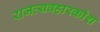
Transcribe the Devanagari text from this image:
राजव्यवहारकोश